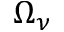
\Omega _ { \nu }